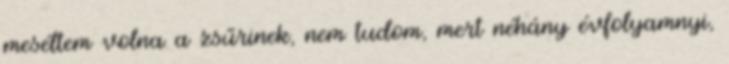
meséltem volna a zsűrinek, nem tudom, mert néhány évfolyamnyi,